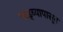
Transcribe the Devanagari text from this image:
पाड्व्यापासून